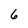
Character: 6